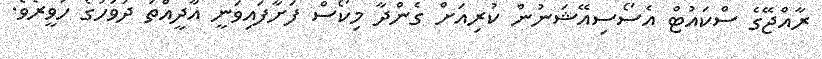
ރާއްޖޭގެ ސްކައުޓް އެސޯސިއޭޝަނުން ކުރިއަށް ގެންދާ މިކޯސް ފަށާފައިވަނީ އާދީއްތަ ދުވަހުގެ ހަވީރެވެ.